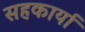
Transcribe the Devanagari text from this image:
सहकार्या